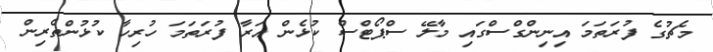
މެޗުގެ ފުރަތަމަ އިނިންގްސްގައި މާލޭ ސްޕޯޓްސް ކުޅެން އަރާ ފުރަތަމަ ހުރިހާ ކުޅުންތެރިން